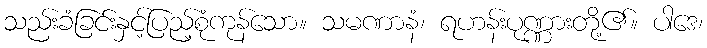
သည်းခံခြင်းနှင့်ပြည့်စုံကုန်သော။ သမဏာနံ၊ ရဟန်းပုဏ္ဏားတို့၏။ ပါဒေ၊